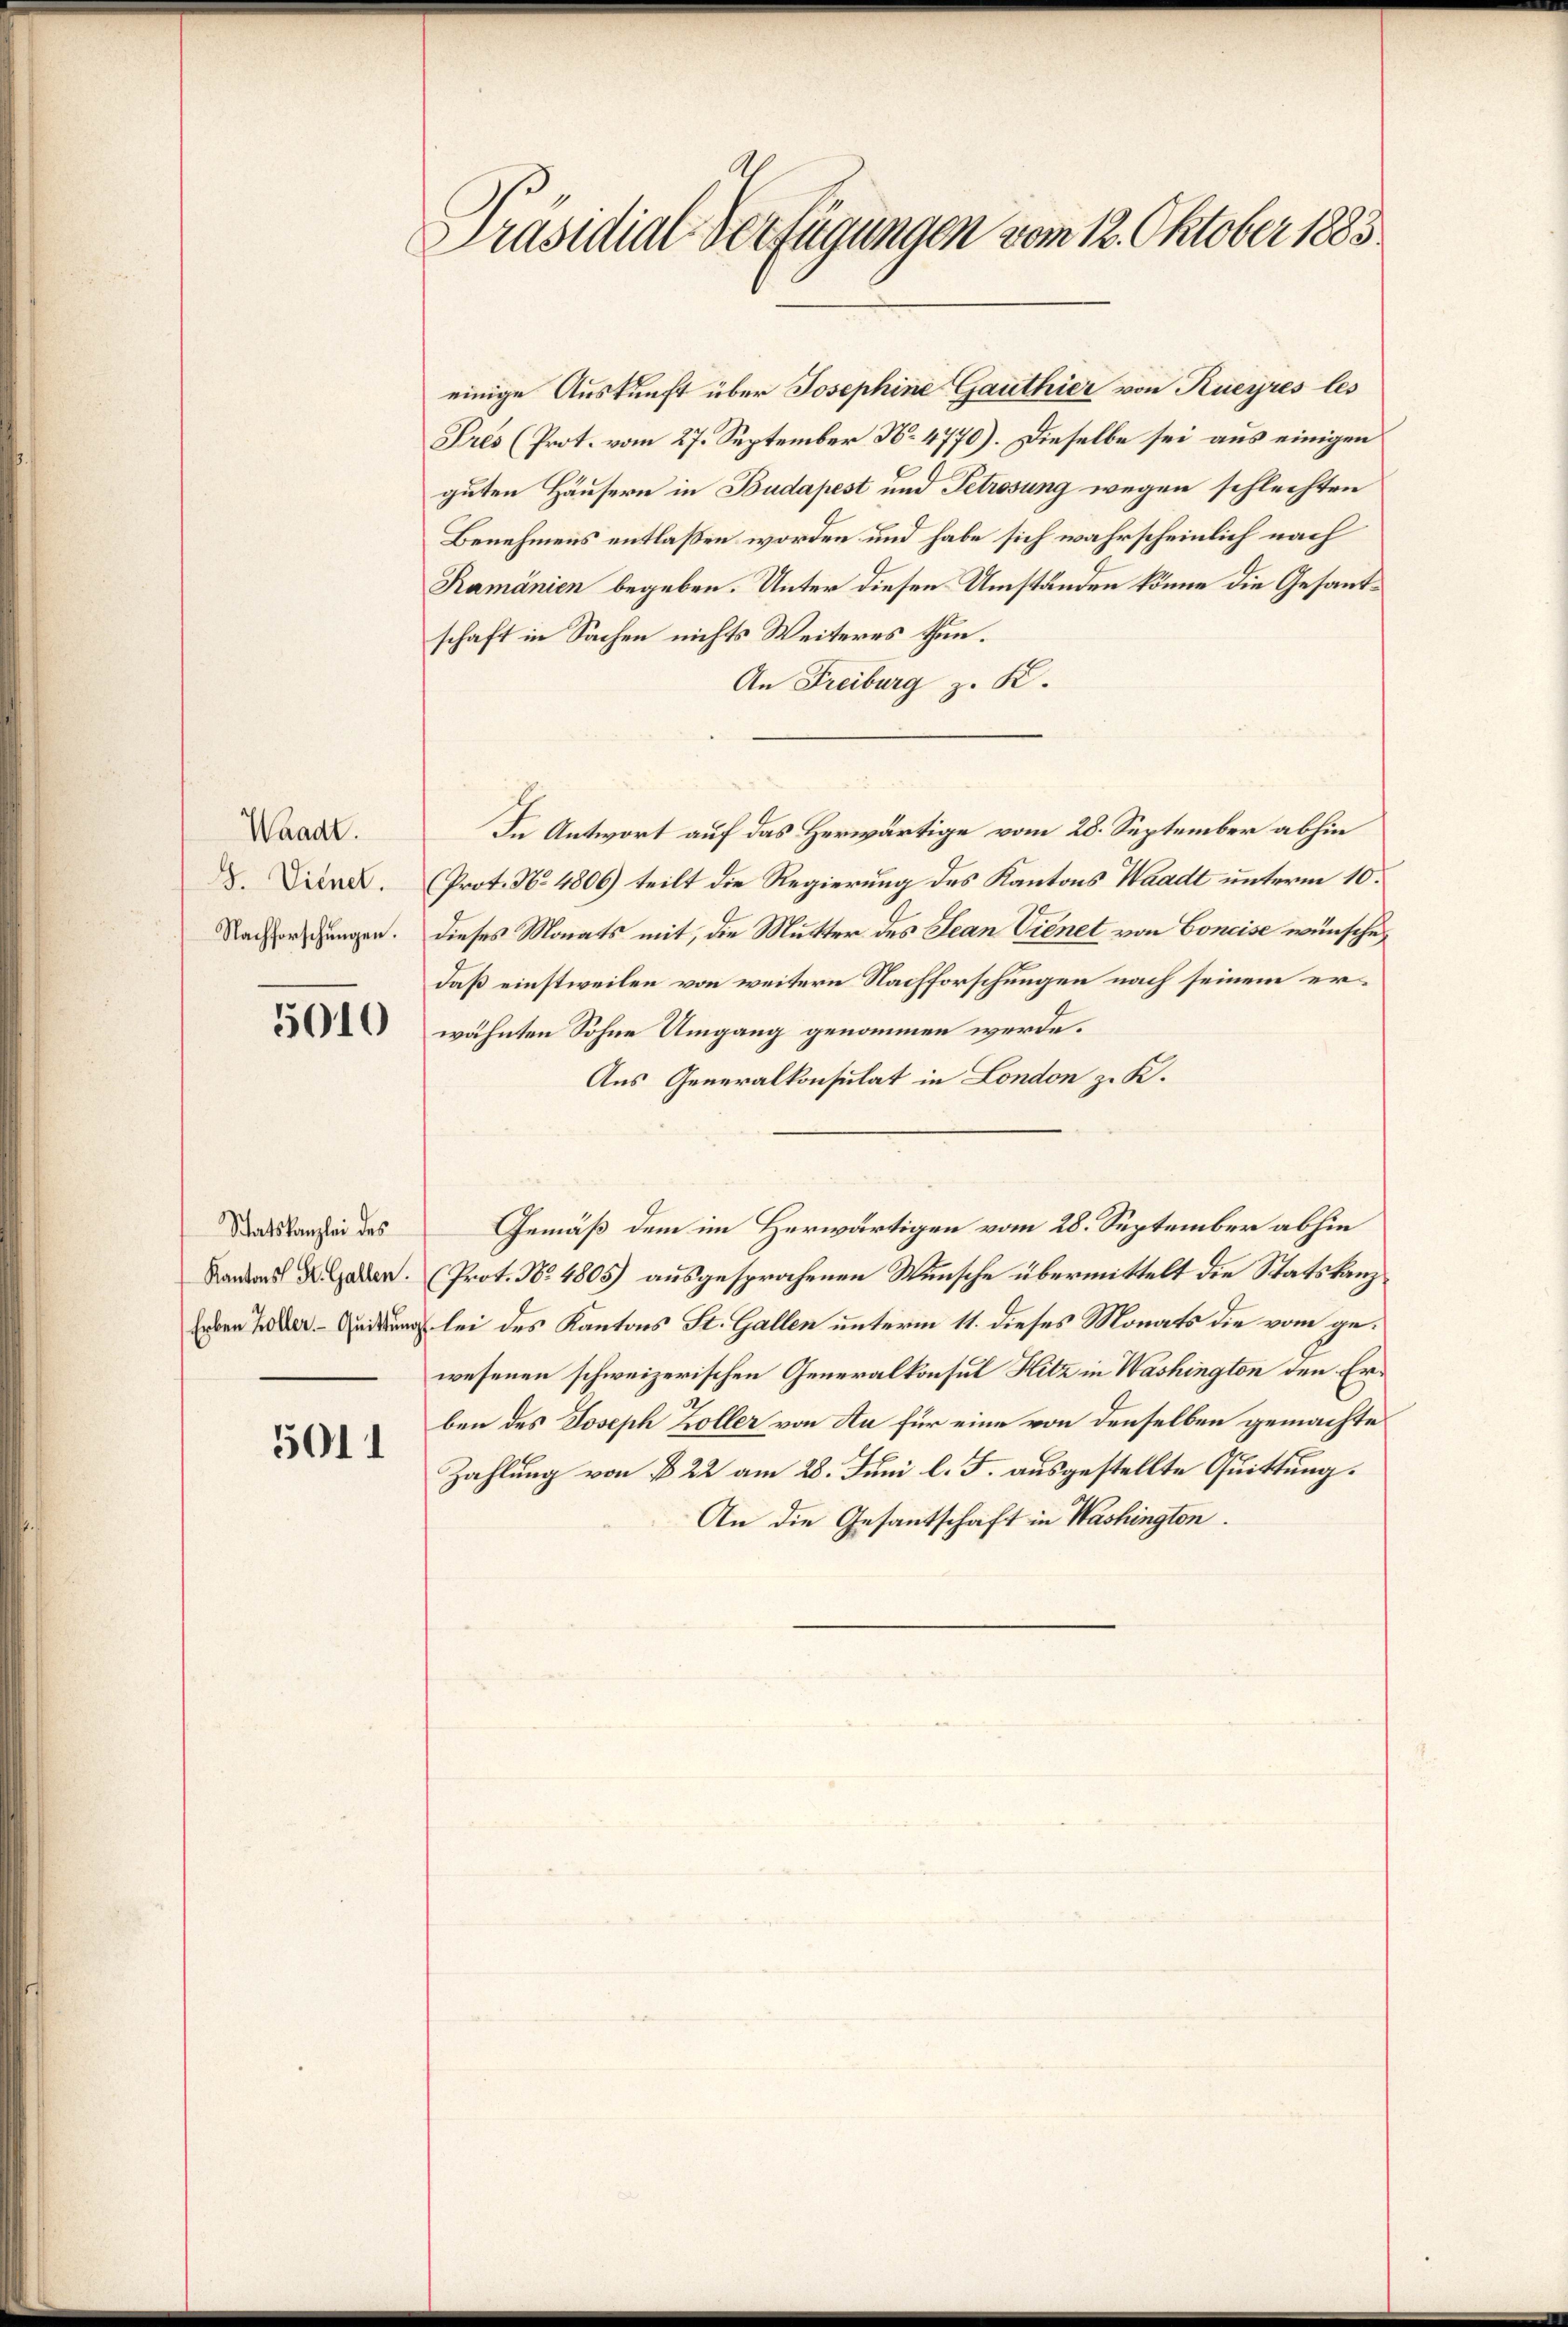
Waadt.
G. Diener.
Nachforschungen.

5010

Statskanzlei des
Kantons St. Gallen.

5011

Präsidial-Verfügungen vom 12. Oktober 1883

einige Auskunft über Josephine Gauthier von Kueyres les
Prés (Prot. vom 27. September No. 4770). Dieselbe sei aus einigen
guten Häusern in Budapest und Petrosung wegen schlechten
Benehmens entlassen worden und habe sich wahrscheinlich nach
Ramänien begeben. Unter diesen Umständen könne die Gesandschaft in Sachen nichts Weiteres thun.
An Freiburg z. K.
In Antwort auf das Herwärtige vom 28. September abhin
Prot. No 4806) teilt die Regierung des Kantons Waadt unterm 10.
dieses Monats mit, die Mutter des Jean Vienet von Concise wünsche,
daß einstweilen von weitern Nachforschungen nach seinem erwähnten Sohne Umgang genommen werde.
Aus Generalkonsulat in London z. K.
Gemäß dem im Herwärtigen vom 28. September abhin
(Prot. No. 4805) ausgesprochenen Wunsche übermittelt die Statskanz¬
Erben der leidung lei des Kantons St. Gallen unterm 11. dieses Monats die vom gewesenen schweizerischen Generalkonsul Hitz in Washington den Erben des Joseph Koller von Au für eine von denselben gemachte
Zahlung von § 22 am 28. Juni l. J. ausgestellte Quittung.
An die Gesandtschaft in Washington.